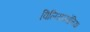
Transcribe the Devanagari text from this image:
विलियम्सोनिया